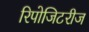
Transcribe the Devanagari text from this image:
रिपोजिटरीज